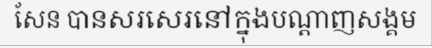
សែន បានសរសេរនៅក្នុងបណ្តាញសង្គម